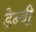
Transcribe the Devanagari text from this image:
डेन्‍बी